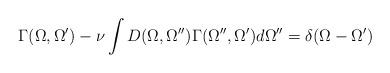
LaTeX: \begin{align*}\Gamma (\Omega , \Omega^{\prime}) - \nu \int D(\Omega , \Omega^{\prime\prime})\Gamma (\Omega^{\prime\prime} , \Omega^{\prime}) d\Omega^{\prime\prime} =\delta (\Omega -\Omega^{\prime})\end{align*}